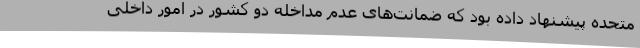
متحده پیشنهاد داده بود که ضمانت‌های عدم مداخله دو کشور در امور داخلی